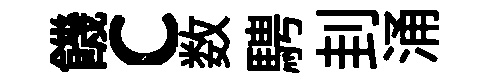
饑c数騁刲涌